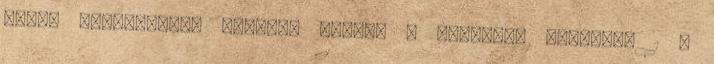
évben Készítette: Vadászi Tibor, A rendelet hatálya. 1 A